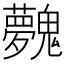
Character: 𩴲